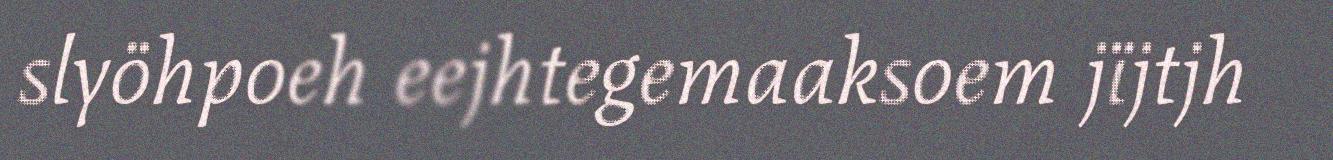
slyöhpoeh eejhtegemaaksoem jïjtjh